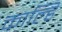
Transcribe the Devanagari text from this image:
काल्हि